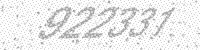
Solution: 922331